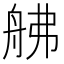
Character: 𦨡